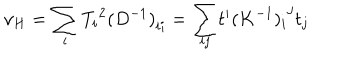
\nu _ { H } = \sum _ { i } { T _ { i } } ^ { 2 } { ( D ^ { - 1 } ) } _ { i i } = { \sum _ { i j } } t ^ { i } { ( K ^ { - 1 } ) _ { i } } ^ { j } t _ { j }